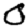
Digit: 0